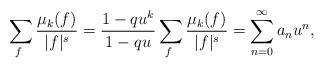
LaTeX: \begin{align*}\sum_{f ~ } \frac{\mu_k(f)}{|f|^s} = \frac{1 - qu^k}{ 1- qu} \sum_{f ~ } \frac{\mu_k(f)}{|f|^s} = \sum_{n=0}^\infty a_nu^n,\end{align*}